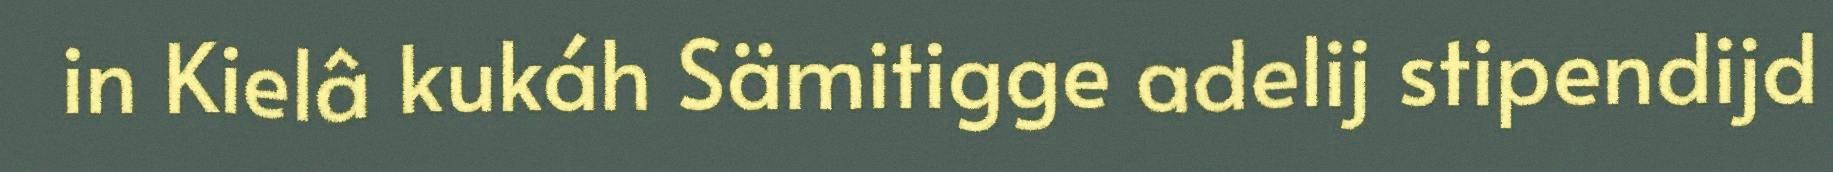
in Kielâ kukáh Sämitigge adelij stipendijd